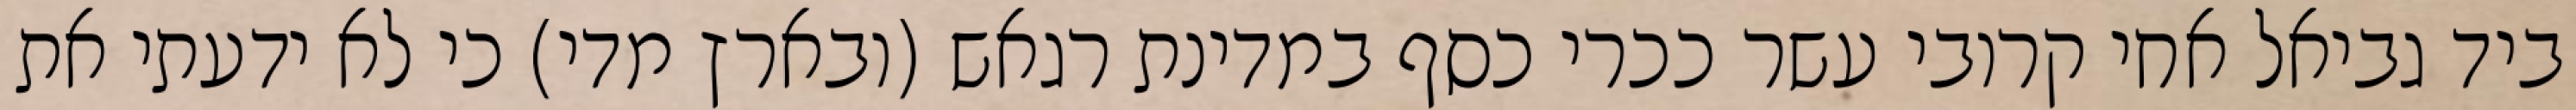
ביד גביאל אחי קרובי עשר ככרי כסף במדינת רגאש (ובארץ מדי) כי לא ידעתי את